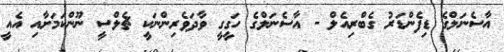
އާސެނަލްގެ ޑިފެންޑަރު ގެބްރިއެލް - އާސެނަލްގެ ހަގީގީ ވާދަވެރިންނަކީ ޗެލްސީ ނޫންކަމަށާއި އެއީ